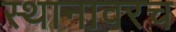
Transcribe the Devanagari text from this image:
स्थानावरच